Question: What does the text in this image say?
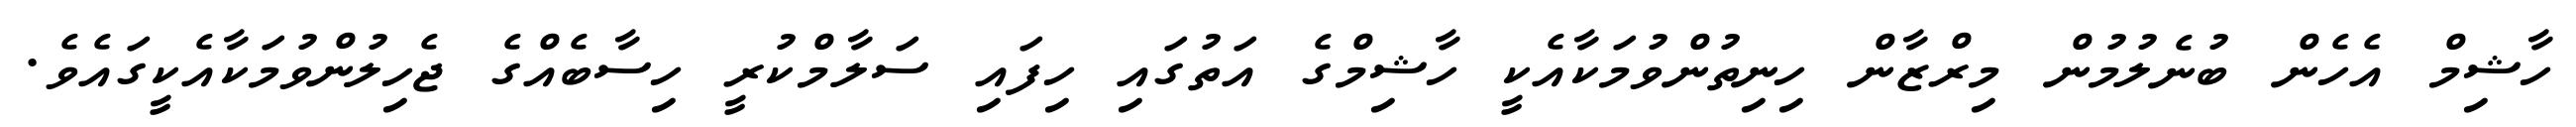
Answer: ހާޝިމް އެހެން ބުނެލުމުން މިރްޒާން ހިނިތުންވުމަކާއެކީ ހާޝިމްގެ އަތުގައި ހިފައި ސަލާމްކުރީ ހިސާބެއްގެ ޖެހިލުންވުމަކާއެކީގައެވެ.